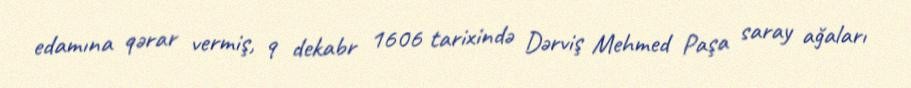
edamına qərar vermiş, 9 dekabr 1606 tarixində Dərviş Mehmed Paşa saray ağaları